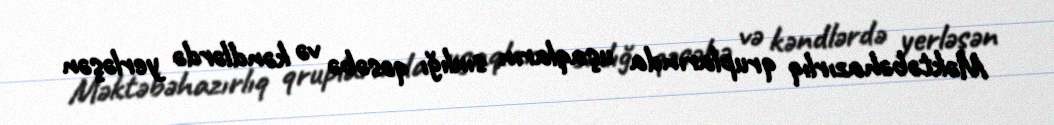
Mәktәbәhazırlıq qruplarında uşaqların sıxlığı qәsәbә vә kәndlәrdә yerlәşәn